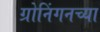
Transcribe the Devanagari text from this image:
ग्रोनिंगनच्या